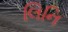
લિનિ